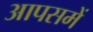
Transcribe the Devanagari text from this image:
आपसमें